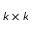
k \times k